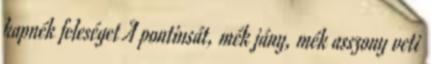
kapnék feleséget A pontiusát, mék jány, mék asszony veti